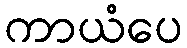
ကာယံပေ